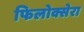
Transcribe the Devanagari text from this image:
फिलोक्सेरा